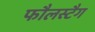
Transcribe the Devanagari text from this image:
फौलस्टैग